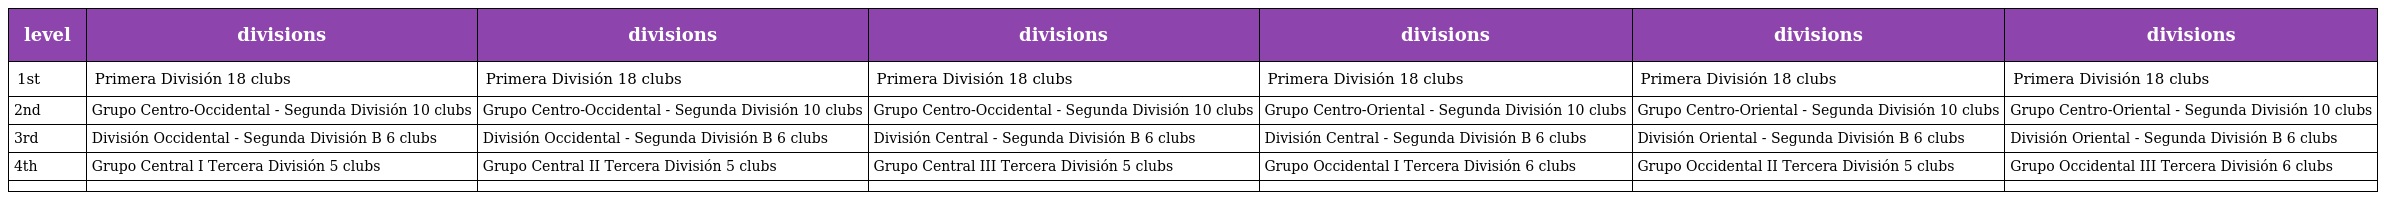
| level | divisions | divisions | divisions | divisions | divisions | divisions |
 | --- | --- | --- | --- | --- | --- | --- |
 | 1st | Primera División 18 clubs | Primera División 18 clubs | Primera División 18 clubs | Primera División 18 clubs | Primera División 18 clubs | Primera División 18 clubs |
 | 2nd | Grupo Centro-Occidental - Segunda División 10 clubs | Grupo Centro-Occidental - Segunda División 10 clubs | Grupo Centro-Occidental - Segunda División 10 clubs | Grupo Centro-Oriental - Segunda División 10 clubs | Grupo Centro-Oriental - Segunda División 10 clubs | Grupo Centro-Oriental - Segunda División 10 clubs |
 | 3rd | División Occidental - Segunda División B 6 clubs | División Occidental - Segunda División B 6 clubs | División Central - Segunda División B 6 clubs | División Central - Segunda División B 6 clubs | División Oriental - Segunda División B 6 clubs | División Oriental - Segunda División B 6 clubs |
 | 4th | Grupo Central I Tercera División 5 clubs | Grupo Central II Tercera División 5 clubs | Grupo Central III Tercera División 5 clubs | Grupo Occidental I Tercera División 6 clubs | Grupo Occidental II Tercera División 5 clubs | Grupo Occidental III Tercera División 6 clubs |
 |  |  |  |  |  |  |  |